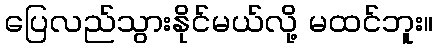
ပြေလည်သွားနိုင်မယ်လို့ မထင်ဘူး။